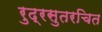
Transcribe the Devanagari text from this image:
रुद्रसुतरचित